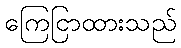
ကြေငြာထားသည်